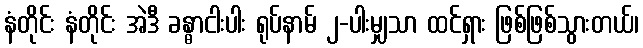
နံတိုင်း နံတိုင်း အဲဒီ ခန္ဓာငါးပါး ရုပ်နာမ် ၂-ပါးမျှသာ ထင်ရှား ဖြစ်ဖြစ်သွားတယ်၊